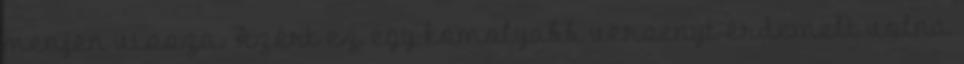
menjen vissza. Azért ez egy komolyabb versenyt érdemelt volna